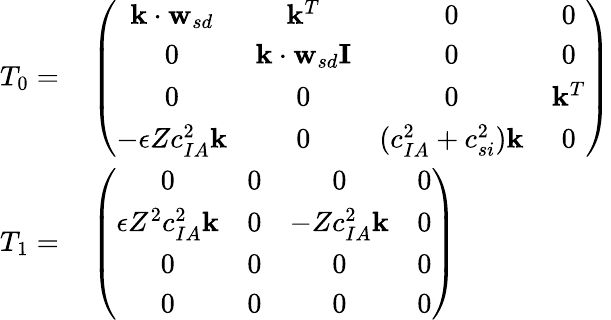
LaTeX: \begin{array}{rl}{T_{0}=}&{{}\left(\begin{array}{cccc}{\mathbf{k}\cdot\mathbf{w}_{sd}}&{\mathbf{k}^{T}}&{0}&{0}\\ {0}&{\mathbf{k}\cdot\mathbf{w}_{sd}\mathbf{I}}&{0}&{0}\\ {0}&{0}&{0}&{\mathbf{k}^{T}}\\ {-\epsilon Zc_{IA}^{2}\mathbf{k}}&{0}&{(c_{IA}^{2}+c_{si}^{2})\mathbf{k}}&{0}\end{array}\right)}\\ {T_{1}=}&{{}\left(\begin{array}{cccc}{0}&{0}&{0}&{0}\\ {\epsilon Z^{2}c_{IA}^{2}\mathbf{k}}&{0}&{-Zc_{IA}^{2}\mathbf{k}}&{0}\\ {0}&{0}&{0}&{0}\\ {0}&{0}&{0}&{0}\end{array}\right)}\end{array}